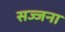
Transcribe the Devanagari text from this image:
सज्जना